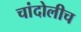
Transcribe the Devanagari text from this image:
चांदोलीच